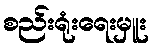
စည်းရုံးရေးမှူး